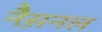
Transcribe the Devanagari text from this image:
नैस़नल